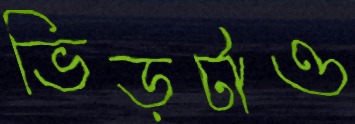
ভিড়টাও